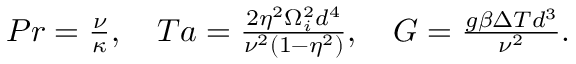
\begin{array} { r } { P r = \frac { \nu } { \kappa } , \quad T a = \frac { 2 \eta ^ { 2 } \Omega _ { i } ^ { 2 } d ^ { 4 } } { \nu ^ { 2 } ( 1 - \eta ^ { 2 } ) } , \quad G = \frac { g \beta \Delta T d ^ { 3 } } { \nu ^ { 2 } } . } \end{array}